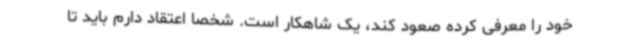
خود را معرفی کرده صعود کند، یک شاهکار است. شخصا اعتقاد دارم باید تا